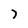
Character: 7